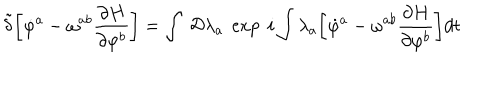
LaTeX: { \tilde { \delta } } \biggl [ { \dot { \varphi } } ^ { a } - \omega ^ { a b } { \frac { \partial H } { \partial \varphi ^ { b } } } \biggr ] = \int ~ { \cal D } \lambda _ { a } ~ \exp ~ i \int \lambda _ { a } \biggl [ { \dot { \varphi } } ^ { a } - \omega ^ { a b } { \frac { \partial H } { \partial \varphi ^ { b } } } \biggr ] d t \nonumber